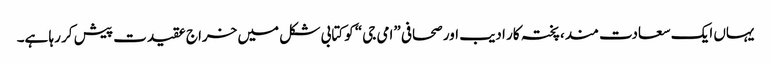
یہاں ایک سعادت مند، پختہ کار ادیب اور صحافی ”امی جی“ کو کتابی شکل میں خراج عقیدت پیش کر رہا ہے۔